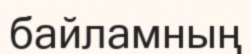
байламның